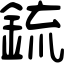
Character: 鋶